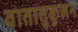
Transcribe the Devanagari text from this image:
वातातुकूलन